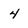
Character: 4